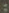
: